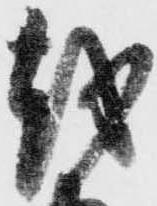
越